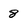
Character: 8